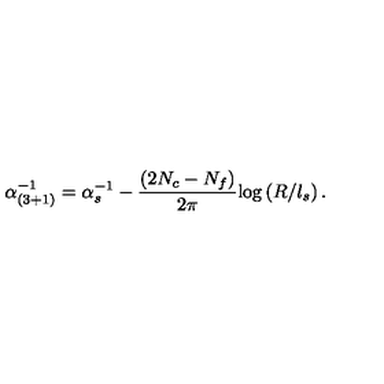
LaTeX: \alpha _ { ( 3 + 1 ) } ^ { - 1 } = \alpha _ { s } ^ { - 1 } - \frac { ( 2 N _ { c } - N _ { f } ) } { 2 \pi } \mathrm { l o g } \left( R / l _ { s } \right) .